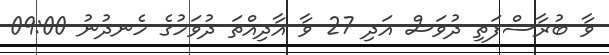
ވާ ބުރާސްފަތި ދުވަސް އަދި 27 ވާ އާދިއްތަ ދުވަހުގެ ހެނދުނު 09:00